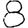
Digit: 8